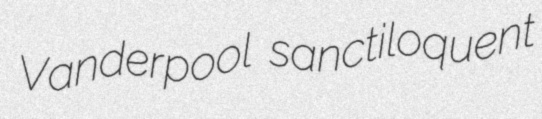
Vanderpool sanctiloquent